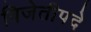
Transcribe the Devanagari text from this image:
विजेतीपदे